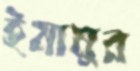
ইমামুর